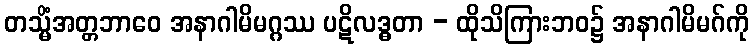
တသ္မိံအတ္တဘာဝေ အနာဂါမိမဂ္ဂဿ ပဋိလဒ္ဓတာ - ထိုသိကြားဘဝ၌ အနာဂါမိမဂ်ကို